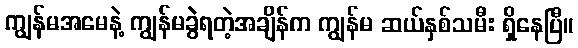
ကျွန်မအမေနဲ့ ကျွန်မခွဲရတဲ့အချိန်က ကျွန်မ ဆယ်နှစ်သမီး ရှိနေပြီ။